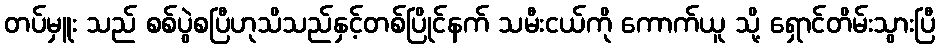
တပ်မှူး သည် စစ်ပွဲစပြီဟုသိသည်နှင့်တစ်ပြိုင်နက် သမီးငယ်ကို ကောက်ယူ သို့ ရှောင်တိမ်းသွားပြီ